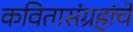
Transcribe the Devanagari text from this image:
कवितासंग्रहांचे